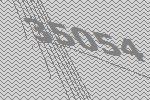
35054